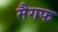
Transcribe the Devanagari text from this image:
मैगफ